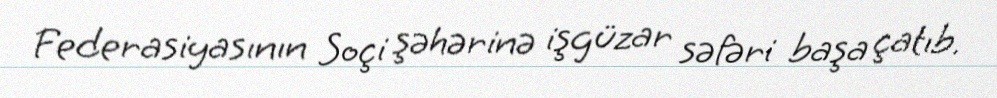
Federasiyasının Soçi şəhərinə işgüzar səfəri başa çatıb.